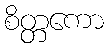
စိတ္တကော